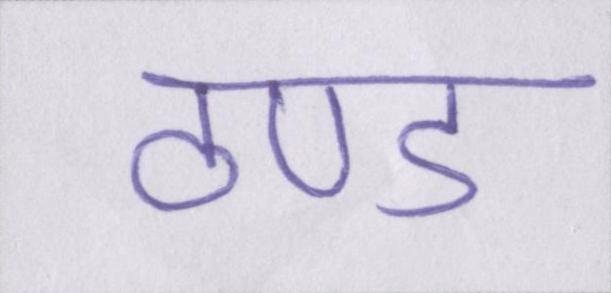
ठण्ड